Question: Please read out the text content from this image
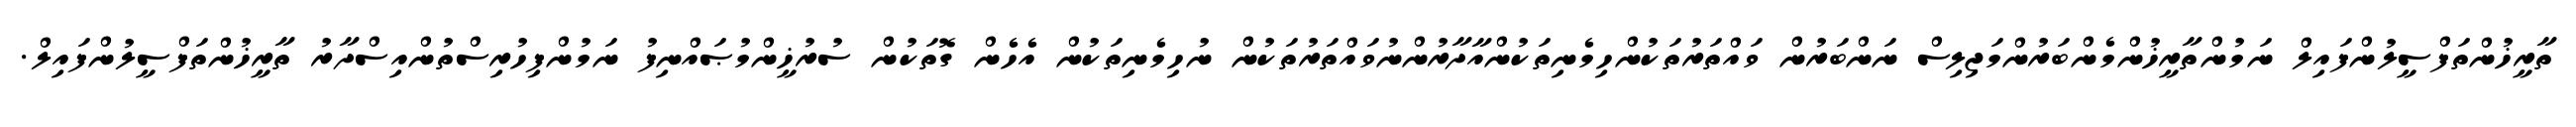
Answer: ތާރީޚުންތަފްސީލުންފައިލް ނަމުންތާރީޚުންމެންބަރުންމަޖިލިސް ނަންބަރުން ވައްތަރުތަކުންހިމެނިތަކުންއާދާރުންނުވައްތަރުތަކުން ނުހިމެނިތަކުން އެހެން ގޮތަކުން ސުރުޚީންމުޞައްނިފު ނަމުންފިހުރިސްތުންއިސްދާރު ތާރީޚުންތަފްސީލުންފައިލް.